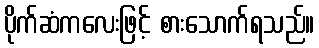
ပိုက်ဆံကလေးဖြင့် စားသောက်ရသည်။